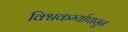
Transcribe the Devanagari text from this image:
विश्वकर्म्यापासून